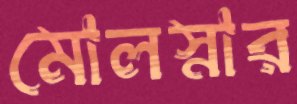
মোলস্নার